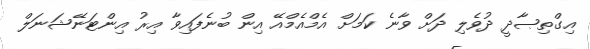
އިގްތިޞާދީ ދުވެލި ދަށް ވާނެ ކަމަށް އެމްއެމްއޭ އިން ބުނެފައިވާ އިރު އިންޓަނޭޝަނަލް